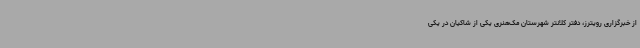
از خبرگزاری رویترز، دفتر کلانتر شهرستان مک‌هنری یکی از شاکیان در یکی